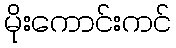
မိုးကောင်းကင်